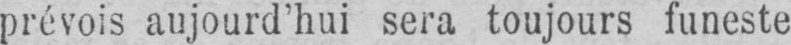
prévois aujourd’hui sera toujours funeste